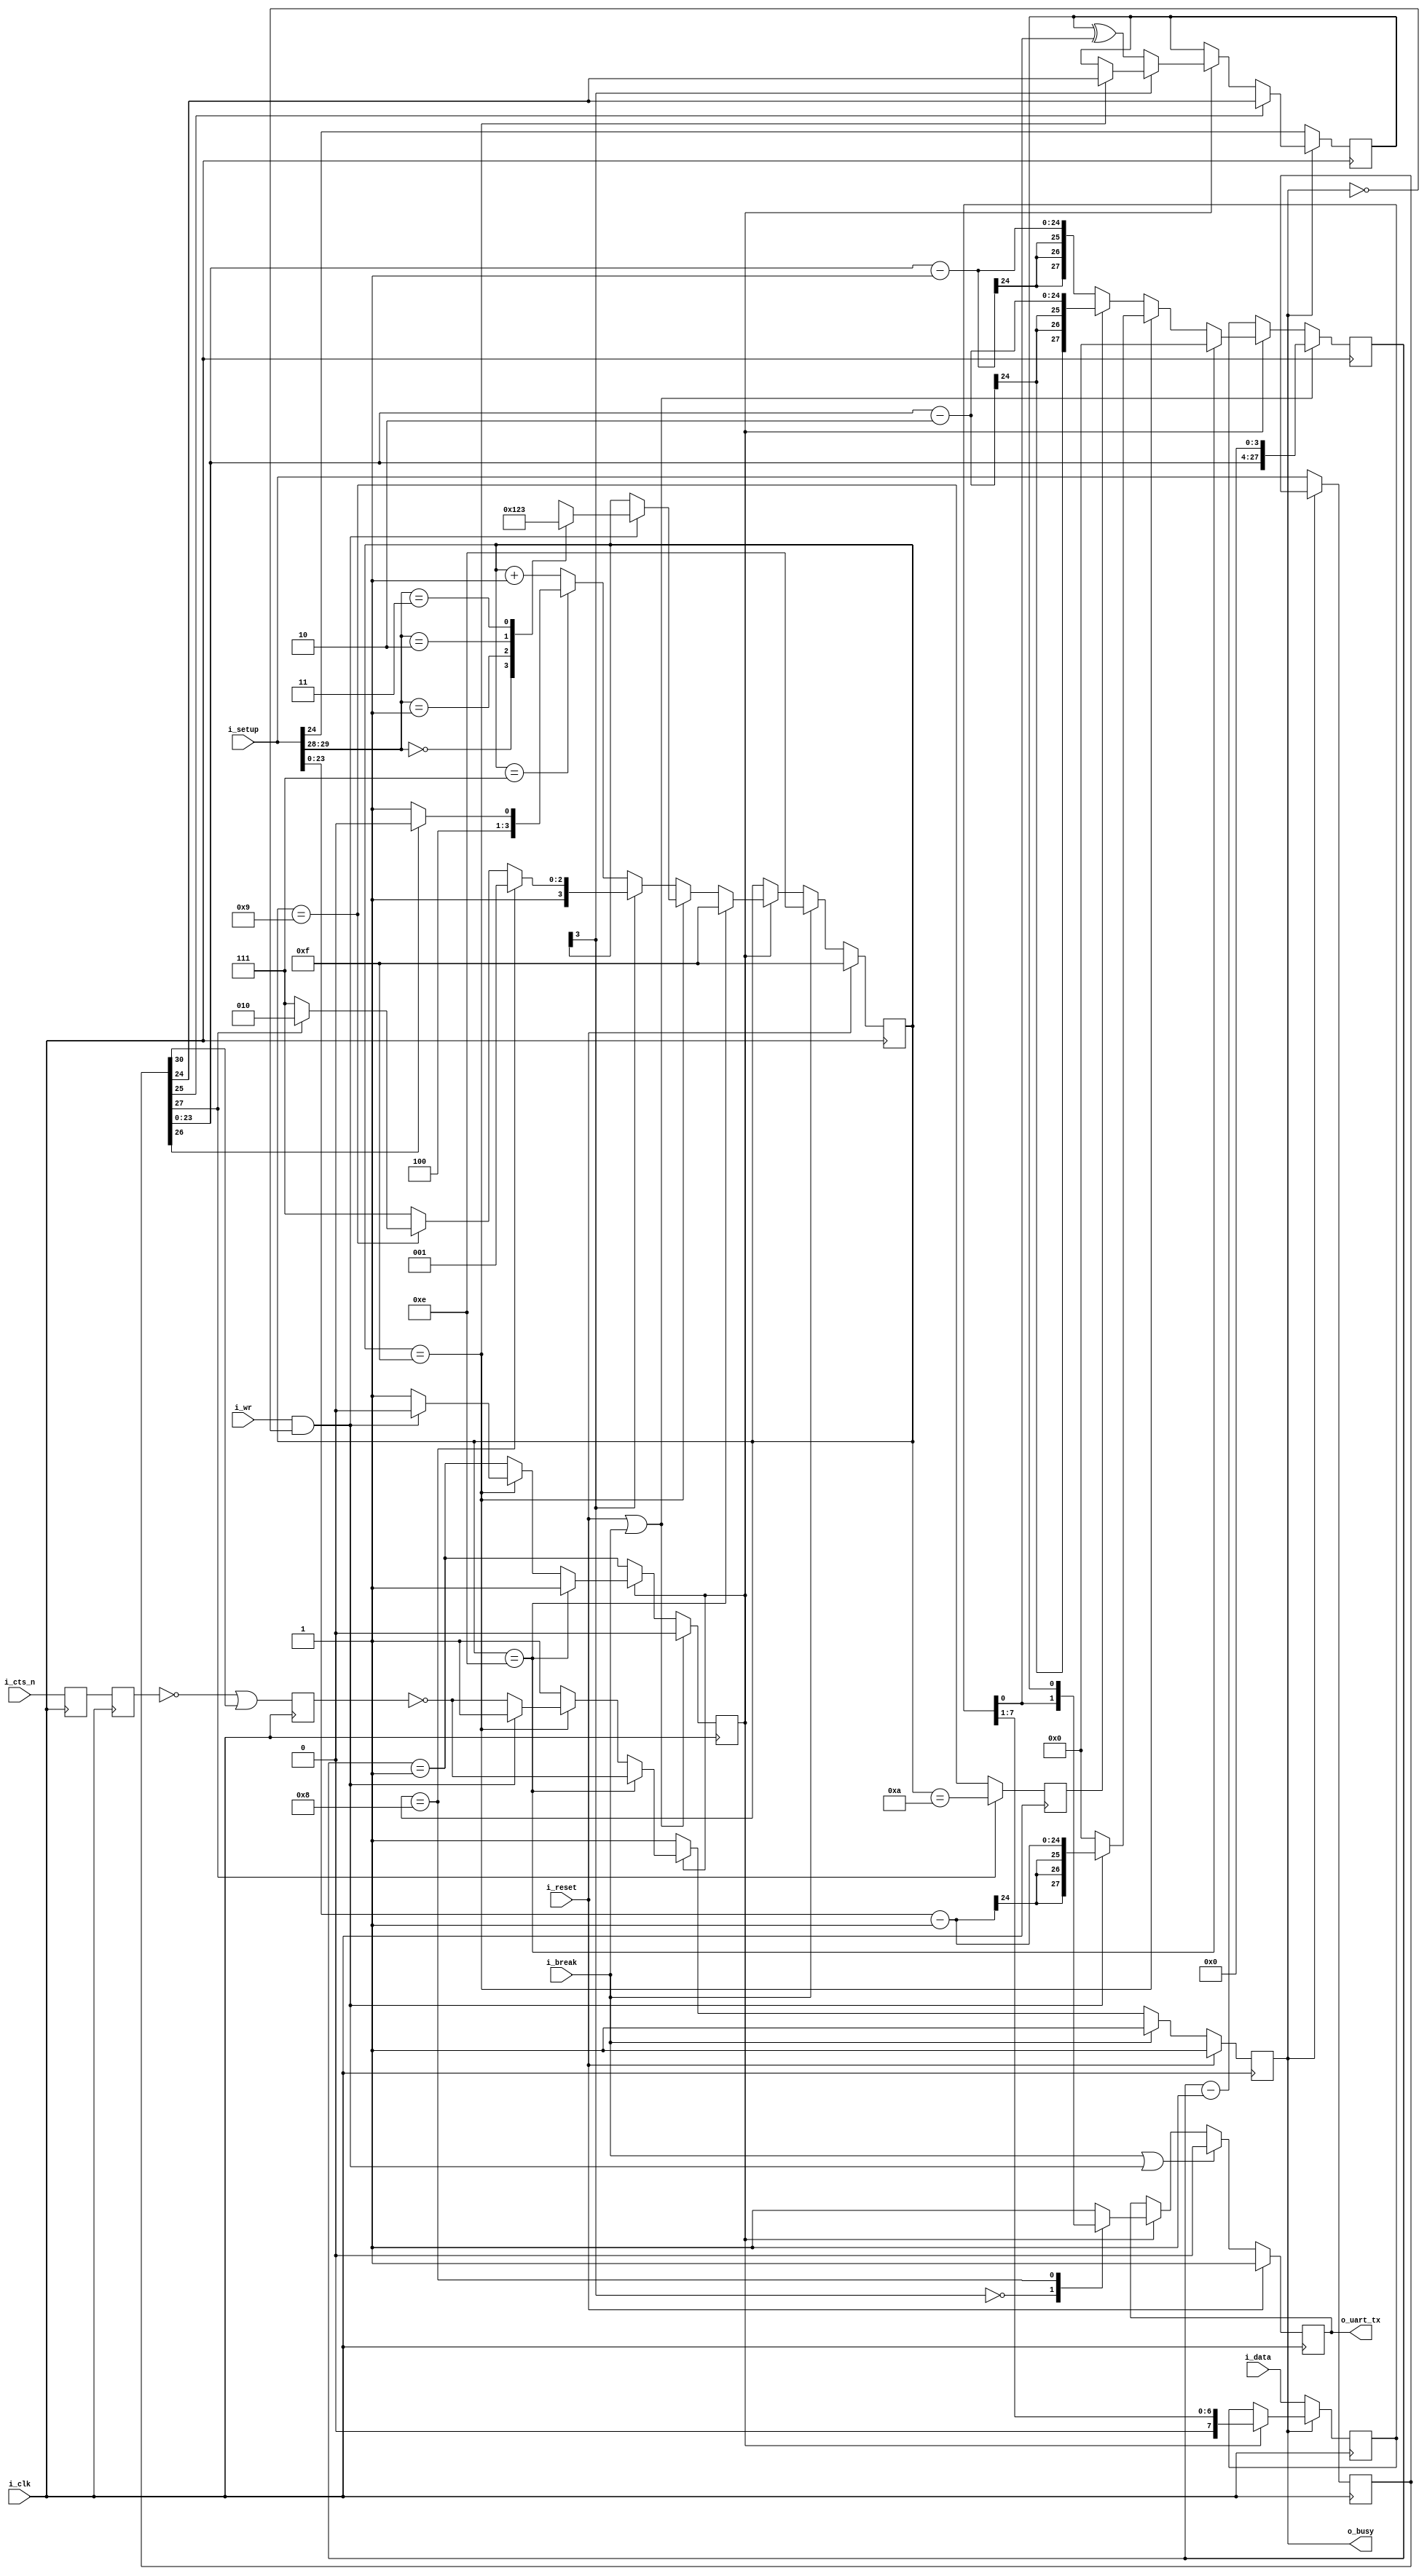
module txuart #(
		// {{{
		parameter	[30:0]	INITIAL_SETUP = 31'd868,
		localparam 	[3:0]	TXU_BIT_ZERO  = 4'h0,
		localparam 	[3:0]	TXU_BIT_ONE   = 4'h1,
		localparam 	[3:0]	TXU_BIT_TWO   = 4'h2,
		localparam 	[3:0]	TXU_BIT_THREE = 4'h3,
		// localparam 	[3:0]	TXU_BIT_FOUR  = 4'h4,
		// localparam 	[3:0]	TXU_BIT_FIVE  = 4'h5,
		// localparam 	[3:0]	TXU_BIT_SIX   = 4'h6,
		localparam 	[3:0]	TXU_BIT_SEVEN = 4'h7,
		localparam 	[3:0]	TXU_PARITY    = 4'h8,
		localparam 	[3:0]	TXU_STOP      = 4'h9,
		localparam 	[3:0]	TXU_SECOND_STOP = 4'ha,
		localparam 	[3:0]	TXU_BREAK     = 4'he,
		localparam 	[3:0]	TXU_IDLE      = 4'hf
		// }}}
	) (
		// {{{
		input	wire		i_clk, i_reset,
		input	wire	[30:0]	i_setup,
		input	wire		i_break,
		input	wire		i_wr,
		input	wire	[7:0]	i_data,
		// Hardware flow control Ready-To-Send bit.  Set this to one to
		// use the core without flow control.  (A more appropriate name
		// would be the Ready-To-Receive bit ...)
		input	wire		i_cts_n,
		// And the UART input line itself
		output	reg		o_uart_tx,
		// A line to tell others when we are ready to accept data.  If
		// (i_wr)&&(!o_busy) is ever true, then the core has accepted a
		// byte for transmission.
		output	wire		o_busy
		// }}}
	);
	// Signal declarations
	// {{{
	wire	[27:0]	clocks_per_baud, break_condition;
	wire	[1:0]	i_data_bits, data_bits;
	wire		use_parity, parity_odd, dblstop, fixd_parity,
			fixdp_value, hw_flow_control, i_parity_odd;
	reg	[30:0]	r_setup;
	assign	clocks_per_baud = { 4'h0, r_setup[23:0] };
	assign	break_condition = { r_setup[23:0], 4'h0 };
	assign	hw_flow_control = !r_setup[30];
	assign	i_data_bits     =  i_setup[29:28];
	assign	data_bits       =  r_setup[29:28];
	assign	dblstop         =  r_setup[27];
	assign	use_parity      =  r_setup[26];
	assign	fixd_parity     =  r_setup[25];
	assign	i_parity_odd    =  i_setup[24];
	assign	parity_odd      =  r_setup[24];
	assign	fixdp_value     =  r_setup[24];
	reg	[27:0]	baud_counter;
	reg	[3:0]	state;
	reg	[7:0]	lcl_data;
	reg		calc_parity, r_busy, zero_baud_counter, last_state;
	reg		q_cts_n, qq_cts_n, ck_cts;
	// }}}
	// CTS: ck_cts
	// {{{
	// First step ... handle any hardware flow control, if so enabled.
	// Clock in the flow control data, two clocks to avoid metastability
	// Default to using hardware flow control (uart_setup[30]==0 to use it).
	// Set this high order bit off if you do not wish to use it.
	// While we might wish to give initial values to q_rts and ck_cts,
	// 1) it's not required since the transmitter starts in a long wait
	// state, and 2) doing so will prevent the synthesizer from optimizing
	// this pin in the case it is hard set to 1'b1 external to this
	// peripheral.
	// initial	q_cts_n  = 1'b1;
	// initial	qq_cts_n = 1'b1;
	// initial	ck_cts   = 1'b0;
	always	@(posedge i_clk)
		{ qq_cts_n, q_cts_n } <= { q_cts_n, i_cts_n };
	always	@(posedge i_clk)
		ck_cts <= (!qq_cts_n)||(!hw_flow_control);
	// }}}
	// r_busy, state
	// {{{
	initial	r_busy = 1'b1;
	initial	state  = TXU_IDLE;
	always @(posedge i_clk)
	if (i_reset)
	begin
		r_busy <= 1'b1;
		state <= TXU_IDLE;
	end else if (i_break)
	begin
		state <= TXU_BREAK;
		r_busy <= 1'b1;
	end else if (!zero_baud_counter)
	begin // r_busy needs to be set coming into here
		r_busy <= 1'b1;
	end else if (state == TXU_BREAK)
	begin
		state <= TXU_IDLE;
		r_busy <= !ck_cts;
	end else if (state == TXU_IDLE)	// STATE_IDLE
	begin
		if ((i_wr)&&(!r_busy))
		begin	// Immediately start us off with a start bit
			r_busy <= 1'b1;
			case(i_data_bits)
			2'b00: state <= TXU_BIT_ZERO;
			2'b01: state <= TXU_BIT_ONE;
			2'b10: state <= TXU_BIT_TWO;
			2'b11: state <= TXU_BIT_THREE;
			endcase
		end else begin // Stay in idle
			r_busy <= !ck_cts;
		end
	end else begin
		// One clock tick in each of these states ...
		// baud_counter <= clocks_per_baud - 28'h01;
		r_busy <= 1'b1;
		if (state[3] == 0) // First 8 bits
		begin
			if (state == TXU_BIT_SEVEN)
				state <= (use_parity)? TXU_PARITY:TXU_STOP;
			else
				state <= state + 1;
		end else if (state == TXU_PARITY)
		begin
			state <= TXU_STOP;
		end else if (state == TXU_STOP)
		begin // two stop bit(s)
			if (dblstop)
				state <= TXU_SECOND_STOP;
			else
				state <= TXU_IDLE;
		end else // `TXU_SECOND_STOP and default:
		begin
			state <= TXU_IDLE; // Go back to idle
			// Still r_busy, since we need to wait
			// for the baud clock to finish counting
			// out this last bit.
		end
	end
	// }}}
	// o_busy
	// {{{
	// This is a wire, designed to be true is we are ever busy above.
	// originally, this was going to be true if we were ever not in the
	// idle state.  The logic has since become more complex, hence we have
	// a register dedicated to this and just copy out that registers value.
	assign	o_busy = (r_busy);
	// }}}
	// r_setup
	// {{{
	// Our setup register.  Accept changes between any pair of transmitted
	// words.  The register itself has many fields to it.  These are
	// broken out up top, and indicate what 1) our baud rate is, 2) our
	// number of stop bits, 3) what type of parity we are using, and 4)
	// the size of our data word.
	initial	r_setup = INITIAL_SETUP;
	always @(posedge i_clk)
	if (!o_busy)
		r_setup <= i_setup;
	// }}}
	// lcl_data
	// {{{
	// This is our working copy of the i_data register which we use
	// when transmitting.  It is only of interest during transmit, and is
	// allowed to be whatever at any other time.  Hence, if r_busy isn't
	// true, we can always set it.  On the one clock where r_busy isn't
	// true and i_wr is, we set it and r_busy is true thereafter.
	// Then, on any zero_baud_counter (i.e. change between baud intervals)
	// we simple logically shift the register right to grab the next bit.
	initial	lcl_data = 8'hff;
	always @(posedge i_clk)
	if (!r_busy)
		lcl_data <= i_data;
	else if (zero_baud_counter)
		lcl_data <= { 1'b0, lcl_data[7:1] };
	// }}}
	// o_uart_tx
	// {{{
	// This is the final result/output desired of this core.  It's all
	// centered about o_uart_tx.  This is what finally needs to follow
	// the UART protocol.
	// Ok, that said, our rules are:
	//	1'b0 on any break condition
	//	1'b0 on a start bit (IDLE, write, and not busy)
	//	lcl_data[0] during any data transfer, but only at the baud
	//		change
	//	PARITY -- During the parity bit.  This depends upon whether or
	//		not the parity bit is fixed, then what it's fixed to,
	//		or changing, and hence what it's calculated value is.
	//	1'b1 at all other times (stop bits, idle, etc)
	initial	o_uart_tx = 1'b1;
	always @(posedge i_clk)
	if (i_reset)
		o_uart_tx <= 1'b1;
	else if ((i_break)||((i_wr)&&(!r_busy)))
		o_uart_tx <= 1'b0;
	else if (zero_baud_counter)
		casez(state)
		4'b0???:	o_uart_tx <= lcl_data[0];
		TXU_PARITY:	o_uart_tx <= calc_parity;
		default:	o_uart_tx <= 1'b1;
		endcase
	// }}}
	// calc_parity
	// {{{
	// Calculate the parity to be placed into the parity bit.  If the
	// parity is fixed, then the parity bit is given by the fixed parity
	// value (r_setup[24]).  Otherwise the parity is given by the GF2
	// sum of all the data bits (plus one for even parity).
	initial	calc_parity = 1'b0;
	always @(posedge i_clk)
	if (!o_busy)
		calc_parity <= i_setup[24];
	else if (fixd_parity)
		calc_parity <= fixdp_value;
	else if (zero_baud_counter)
	begin
		if (state[3] == 0) // First 8 bits of msg
			calc_parity <= calc_parity ^ lcl_data[0];
		else if (state == TXU_IDLE)
			calc_parity <= parity_odd;
	end else if (!r_busy)
		calc_parity <= parity_odd;
	// }}}
	// baud_counter, zero_baud_counter
	// {{{
	// All of the above logic is driven by the baud counter.  Bits must last
	// {{{
	// clocks_per_baud in length, and this baud counter is what we use to
	// make certain of that.
	// The basic logic is this: at the beginning of a bit interval, start
	// the baud counter and set it to count clocks_per_baud.  When it gets
	// to zero, restart it.
	// However, comparing a 28'bit number to zero can be rather complex--
	// especially if we wish to do anything else on that same clock.  For
	// that reason, we create "zero_baud_counter".  zero_baud_counter is
	// nothing more than a flag that is true anytime baud_counter is zero.
	// It's true when the logic (above) needs to step to the next bit.
	// Simple enough?
	// I wish we could stop there, but there are some other (ugly)
	// conditions to deal with that offer exceptions to this basic logic.
	// 1. When the user has commanded a BREAK across the line, we need to
	// wait several baud intervals following the break before we start
	// transmitting, to give any receiver a chance to recognize that we are
	// out of the break condition, and to know that the next bit will be
	// a stop bit.
	// 2. A reset is similar to a break condition--on both we wait several
	// baud intervals before allowing a start bit.
	// 3. In the idle state, we stop our counter--so that upon a request
	// to transmit when idle we can start transmitting immediately, rather
	// than waiting for the end of the next (fictitious and arbitrary) baud
	// interval.
	// When (i_wr)&&(!r_busy)&&(state == TXU_IDLE) then we're not only in
	// the idle state, but we also just accepted a command to start writing
	// the next word.  At this point, the baud counter needs to be reset
	// to the number of clocks per baud, and zero_baud_counter set to zero.
	// The logic is a bit twisted here, in that it will only check for the
	// above condition when zero_baud_counter is false--so as to make
	// certain the STOP bit is complete.
	// }}}
	initial	zero_baud_counter = 1'b0;
	initial	baud_counter = 28'h05;
	always @(posedge i_clk)
	begin
		zero_baud_counter <= (baud_counter == 28'h01);
		if ((i_reset)||(i_break))
		begin
			// Give ourselves 16 bauds before being ready
			baud_counter <= break_condition;
			zero_baud_counter <= 1'b0;
		end else if (!zero_baud_counter)
			baud_counter <= baud_counter - 28'h01;
		else if (state == TXU_BREAK)
		begin
			baud_counter <= 0;
			zero_baud_counter <= 1'b1;
		end else if (state == TXU_IDLE)
		begin
			baud_counter <= 28'h0;
			zero_baud_counter <= 1'b1;
			if ((i_wr)&&(!r_busy))
			begin
				baud_counter <= { 4'h0, i_setup[23:0]} - 28'h01;
				zero_baud_counter <= 1'b0;
			end
		end else if (last_state)
			baud_counter <= clocks_per_baud - 28'h02;
		else
			baud_counter <= clocks_per_baud - 28'h01;
	end
	// }}}
	// last_state
	// {{{
	initial	last_state = 1'b0;
	always @(posedge i_clk)
	if (dblstop)
		last_state <= (state == TXU_SECOND_STOP);
	else
		last_state <= (state == TXU_STOP);
	// }}}
	// Make Verilator happy
	// {{{
	// Verilator lint_off UNUSED
	wire	unused;
	assign	unused = &{ 1'b0, i_parity_odd, data_bits };
	// Verilator lint_on  UNUSED
	// }}}
// Formal properties
// {{{
`ifdef	FORMAL
	// Declarations
	// {{{
	reg		fsv_parity;
	reg	[30:0]	fsv_setup;
	reg	[7:0]	fsv_data;
	reg		f_past_valid;
	// Our various sequence data declarations
	reg	[5:0]	f_five_seq;
	reg	[6:0]	f_six_seq;
	reg	[7:0]	f_seven_seq;
	reg	[8:0]	f_eight_seq;
	reg	[2:0]	f_stop_seq;	// parity bit, stop bit, double stop bit
	// }}}
	initial	f_past_valid = 1'b0;
	always @(posedge  i_clk)
		f_past_valid <= 1'b1;
	always @(posedge i_clk)
	if ((i_wr)&&(!o_busy))
		fsv_data <= i_data;
	initial	fsv_setup = INITIAL_SETUP;
	always @(posedge i_clk)
	if (!o_busy)
		fsv_setup <= i_setup;
	always @(*)
		assert(r_setup == fsv_setup);
	always @(posedge i_clk)
		assert(zero_baud_counter == (baud_counter == 0));
	always @(*)
	if (!o_busy)
		assert(zero_baud_counter);
	/*
	always @(posedge i_clk)
	if ((f_past_valid)&&(!$past(i_reset))&&(!$past(i_break))
			&&(($past(o_busy))||($past(i_wr))))
		assert(baud_counter <= { fsv_setup[23:0], 4'h0 });
	*/
	// A single baud interval
	always @(posedge i_clk)
	if ((f_past_valid)&&(!$past(zero_baud_counter))
		&&(!$past(i_reset))&&(!$past(i_break)))
	begin
		assert($stable(o_uart_tx));
		assert($stable(state));
		assert($stable(lcl_data));
		if ((state != TXU_IDLE)&&(state != TXU_BREAK))
			assert($stable(calc_parity));
		assert(baud_counter == $past(baud_counter)-1'b1);
	end
	// One byte transmitted
	// DATA = the byte that is sent
	// CKS  = the number of clocks per bit
	////////////////////////////////////////////////////////////////////////
	// Five bit data
	// {{{
	////////////////////////////////////////////////////////////////////////
	initial	f_five_seq = 0;
	always @(posedge i_clk)
	if ((i_reset)||(i_break))
		f_five_seq = 0;
	else if ((state == TXU_IDLE)&&(i_wr)&&(!o_busy)
			&&(i_data_bits == 2'b11)) // five data bits
		f_five_seq <= 1;
	else if (zero_baud_counter)
		f_five_seq <= f_five_seq << 1;
	always @(*)
	if (|f_five_seq)
	begin
		assert(fsv_setup[29:28] == data_bits);
		assert(data_bits == 2'b11);
		assert(baud_counter < fsv_setup[23:0]);
		assert(1'b0 == |f_six_seq);
		assert(1'b0 == |f_seven_seq);
		assert(1'b0 == |f_eight_seq);
		assert(r_busy);
		assert(state > 4'h2);
	end
	always @(*)
	case(f_five_seq)
	6'h00: begin assert(1); end
	6'h01: begin
		assert(state == 4'h3);
		assert(o_uart_tx == 1'b0);
		assert(lcl_data[4:0] == fsv_data[4:0]);
		if (!fixd_parity)
			assert(calc_parity == parity_odd);
	end
	6'h02: begin
		assert(state == 4'h4);
		assert(o_uart_tx == fsv_data[0]);
		assert(lcl_data[3:0] == fsv_data[4:1]);
		if (!fixd_parity)
			assert(calc_parity == fsv_data[0] ^ parity_odd);
	end
	6'h04: begin
		assert(state == 4'h5);
		assert(o_uart_tx == fsv_data[1]);
		assert(lcl_data[2:0] == fsv_data[4:2]);
		if (!fixd_parity)
			assert(calc_parity == (^fsv_data[1:0]) ^ parity_odd);
	end
	6'h08: begin
		assert(state == 4'h6);
		assert(o_uart_tx == fsv_data[2]);
		assert(lcl_data[1:0] == fsv_data[4:3]);
		if (!fixd_parity)
			assert(calc_parity == (^fsv_data[2:0]) ^ parity_odd);
	end
	6'h10: begin
		assert(state == 4'h7);
		assert(o_uart_tx == fsv_data[3]);
		assert(lcl_data[0] == fsv_data[4]);
		if (!fixd_parity)
			assert(calc_parity == (^fsv_data[3:0]) ^ parity_odd);
	end
	6'h20: begin
		if (use_parity)
			assert(state == 4'h8);
		else
			assert(state == 4'h9);
		assert(o_uart_tx == fsv_data[4]);
		if (!fixd_parity)
			assert(calc_parity == (^fsv_data[4:0]) ^ parity_odd);
	end
	default: begin assert(0); end
	endcase
	// }}}
	////////////////////////////////////////////////////////////////////////
	// Six bit data
	// {{{
	////////////////////////////////////////////////////////////////////////
	initial	f_six_seq = 0;
	always @(posedge i_clk)
	if ((i_reset)||(i_break))
		f_six_seq = 0;
	else if ((state == TXU_IDLE)&&(i_wr)&&(!o_busy)
			&&(i_data_bits == 2'b10)) // six data bits
		f_six_seq <= 1;
	else if (zero_baud_counter)
		f_six_seq <= f_six_seq << 1;
	always @(*)
	if (|f_six_seq)
	begin
		assert(fsv_setup[29:28] == 2'b10);
		assert(fsv_setup[29:28] == data_bits);
		assert(baud_counter < fsv_setup[23:0]);
		assert(1'b0 == |f_five_seq);
		assert(1'b0 == |f_seven_seq);
		assert(1'b0 == |f_eight_seq);
		assert(r_busy);
		assert(state > 4'h1);
	end
	always @(*)
	case(f_six_seq)
	7'h00: begin assert(1); end
	7'h01: begin
		assert(state == 4'h2);
		assert(o_uart_tx == 1'b0);
		assert(lcl_data[5:0] == fsv_data[5:0]);
		if (!fixd_parity)
			assert(calc_parity == parity_odd);
	end
	7'h02: begin
		assert(state == 4'h3);
		assert(o_uart_tx == fsv_data[0]);
		assert(lcl_data[4:0] == fsv_data[5:1]);
		if (!fixd_parity)
			assert(calc_parity == fsv_data[0] ^ parity_odd);
	end
	7'h04: begin
		assert(state == 4'h4);
		assert(o_uart_tx == fsv_data[1]);
		assert(lcl_data[3:0] == fsv_data[5:2]);
		if (!fixd_parity)
			assert(calc_parity == (^fsv_data[1:0]) ^ parity_odd);
	end
	7'h08: begin
		assert(state == 4'h5);
		assert(o_uart_tx == fsv_data[2]);
		assert(lcl_data[2:0] == fsv_data[5:3]);
		if (!fixd_parity)
			assert(calc_parity == (^fsv_data[2:0]) ^ parity_odd);
	end
	7'h10: begin
		assert(state == 4'h6);
		assert(o_uart_tx == fsv_data[3]);
		assert(lcl_data[1:0] == fsv_data[5:4]);
		if (!fixd_parity)
			assert(calc_parity == (^fsv_data[3:0]) ^ parity_odd);
	end
	7'h20: begin
		assert(state == 4'h7);
		assert(lcl_data[0] == fsv_data[5]);
		assert(o_uart_tx == fsv_data[4]);
		if (!fixd_parity)
			assert(calc_parity == ((^fsv_data[4:0]) ^ parity_odd));
	end
	7'h40: begin
		if (use_parity)
			assert(state == 4'h8);
		else
			assert(state == 4'h9);
		assert(o_uart_tx == fsv_data[5]);
		if (!fixd_parity)
			assert(calc_parity == ((^fsv_data[5:0]) ^ parity_odd));
	end
	default: begin if (f_past_valid) assert(0); end
	endcase
	// }}}
	////////////////////////////////////////////////////////////////////////
	// Seven bit data
	// {{{
	////////////////////////////////////////////////////////////////////////
	initial	f_seven_seq = 0;
	always @(posedge i_clk)
	if ((i_reset)||(i_break))
		f_seven_seq = 0;
	else if ((state == TXU_IDLE)&&(i_wr)&&(!o_busy)
			&&(i_data_bits == 2'b01)) // seven data bits
		f_seven_seq <= 1;
	else if (zero_baud_counter)
		f_seven_seq <= f_seven_seq << 1;
	always @(*)
	if (|f_seven_seq)
	begin
		assert(fsv_setup[29:28] == 2'b01);
		assert(fsv_setup[29:28] == data_bits);
		assert(baud_counter < fsv_setup[23:0]);
		assert(1'b0 == |f_five_seq);
		assert(1'b0 == |f_six_seq);
		assert(1'b0 == |f_eight_seq);
		assert(r_busy);
		assert(state != 4'h0);
	end
	always @(*)
	case(f_seven_seq)
	8'h00: begin assert(1); end
	8'h01: begin
		assert(state == 4'h1);
		assert(o_uart_tx == 1'b0);
		assert(lcl_data[6:0] == fsv_data[6:0]);
		if (!fixd_parity)
			assert(calc_parity == parity_odd);
	end
	8'h02: begin
		assert(state == 4'h2);
		assert(o_uart_tx == fsv_data[0]);
		assert(lcl_data[5:0] == fsv_data[6:1]);
		if (!fixd_parity)
			assert(calc_parity == fsv_data[0] ^ parity_odd);
	end
	8'h04: begin
		assert(state == 4'h3);
		assert(o_uart_tx == fsv_data[1]);
		assert(lcl_data[4:0] == fsv_data[6:2]);
		if (!fixd_parity)
			assert(calc_parity == (^fsv_data[1:0]) ^ parity_odd);
	end
	8'h08: begin
		assert(state == 4'h4);
		assert(o_uart_tx == fsv_data[2]);
		assert(lcl_data[3:0] == fsv_data[6:3]);
		if (!fixd_parity)
			assert(calc_parity == (^fsv_data[2:0]) ^ parity_odd);
	end
	8'h10: begin
		assert(state == 4'h5);
		assert(o_uart_tx == fsv_data[3]);
		assert(lcl_data[2:0] == fsv_data[6:4]);
		if (!fixd_parity)
			assert(calc_parity == (^fsv_data[3:0]) ^ parity_odd);
	end
	8'h20: begin
		assert(state == 4'h6);
		assert(o_uart_tx == fsv_data[4]);
		assert(lcl_data[1:0] == fsv_data[6:5]);
		if (!fixd_parity)
			assert(calc_parity == ((^fsv_data[4:0]) ^ parity_odd));
	end
	8'h40: begin
		assert(state == 4'h7);
		assert(lcl_data[0] == fsv_data[6]);
		assert(o_uart_tx == fsv_data[5]);
		if (!fixd_parity)
			assert(calc_parity == ((^fsv_data[5:0]) ^ parity_odd));
	end
	8'h80: begin
		if (use_parity)
			assert(state == 4'h8);
		else
			assert(state == 4'h9);
		assert(o_uart_tx == fsv_data[6]);
		if (!fixd_parity)
			assert(calc_parity == ((^fsv_data[6:0]) ^ parity_odd));
	end
	default: begin if (f_past_valid) assert(0); end
	endcase
	// }}}
	////////////////////////////////////////////////////////////////////////
	// Eight bit data
	// {{{
	////////////////////////////////////////////////////////////////////////
	initial	f_eight_seq = 0;
	always @(posedge i_clk)
	if ((i_reset)||(i_break))
		f_eight_seq = 0;
	else if ((state == TXU_IDLE)&&(i_wr)&&(!o_busy)
			&&(i_data_bits == 2'b00)) // Eight data bits
		f_eight_seq <= 1;
	else if (zero_baud_counter)
		f_eight_seq <= f_eight_seq << 1;
	always @(*)
	if (|f_eight_seq)
	begin
		assert(fsv_setup[29:28] == 2'b00);
		assert(fsv_setup[29:28] == data_bits);
		assert(baud_counter < { 6'h0, fsv_setup[23:0]});
		assert(1'b0 == |f_five_seq);
		assert(1'b0 == |f_six_seq);
		assert(1'b0 == |f_seven_seq);
		assert(r_busy);
	end
	always @(*)
	case(f_eight_seq)
	9'h000: begin assert(1); end
	9'h001: begin
		assert(state == 4'h0);
		assert(o_uart_tx == 1'b0);
		assert(lcl_data[7:0] == fsv_data[7:0]);
		if (!fixd_parity)
			assert(calc_parity == parity_odd);
	end
	9'h002: begin
		assert(state == 4'h1);
		assert(o_uart_tx == fsv_data[0]);
		assert(lcl_data[6:0] == fsv_data[7:1]);
		if (!fixd_parity)
			assert(calc_parity == fsv_data[0] ^ parity_odd);
	end
	9'h004: begin
		assert(state == 4'h2);
		assert(o_uart_tx == fsv_data[1]);
		assert(lcl_data[5:0] == fsv_data[7:2]);
		if (!fixd_parity)
			assert(calc_parity == (^fsv_data[1:0]) ^ parity_odd);
	end
	9'h008: begin
		assert(state == 4'h3);
		assert(o_uart_tx == fsv_data[2]);
		assert(lcl_data[4:0] == fsv_data[7:3]);
		if (!fixd_parity)
			assert(calc_parity == (^fsv_data[2:0]) ^ parity_odd);
	end
	9'h010: begin
		assert(state == 4'h4);
		assert(o_uart_tx == fsv_data[3]);
		assert(lcl_data[3:0] == fsv_data[7:4]);
		if (!fixd_parity)
			assert(calc_parity == (^fsv_data[3:0]) ^ parity_odd);
	end
	9'h020: begin
		assert(state == 4'h5);
		assert(o_uart_tx == fsv_data[4]);
		assert(lcl_data[2:0] == fsv_data[7:5]);
		if (!fixd_parity)
			assert(calc_parity == (^fsv_data[4:0]) ^ parity_odd);
	end
	9'h040: begin
		assert(state == 4'h6);
		assert(o_uart_tx == fsv_data[5]);
		assert(lcl_data[1:0] == fsv_data[7:6]);
		if (!fixd_parity)
			assert(calc_parity == (^fsv_data[5:0]) ^ parity_odd);
	end
	9'h080: begin
		assert(state == 4'h7);
		assert(o_uart_tx == fsv_data[6]);
		assert(lcl_data[0] == fsv_data[7]);
		if (!fixd_parity)
			assert(calc_parity == ((^fsv_data[6:0]) ^ parity_odd));
	end
	9'h100: begin
		if (use_parity)
			assert(state == 4'h8);
		else
			assert(state == 4'h9);
		assert(o_uart_tx == fsv_data[7]);
		if (!fixd_parity)
			assert(calc_parity == ((^fsv_data[7:0]) ^ parity_odd));
	end
	default: begin if (f_past_valid) assert(0); end
	endcase
	// }}}
	////////////////////////////////////////////////////////////////////////
	// Combined properties for all of the data sequences
	// {{{
	////////////////////////////////////////////////////////////////////////
	always @(posedge i_clk)
	if (((|f_five_seq[5:0]) || (|f_six_seq[6:0]) || (|f_seven_seq[7:0])
			|| (|f_eight_seq[8:0]))
		&& ($past(zero_baud_counter)))
		assert(baud_counter == { 4'h0, fsv_setup[23:0] }-1);
	// }}}
	////////////////////////////////////////////////////////////////////////
	// The stop sequence
	// {{{
	////////////////////////////////////////////////////////////////////////
	// This consists of any parity bit, as well as one or two stop bits
	initial	f_stop_seq = 1'b0;
	always @(posedge i_clk)
	if ((i_reset)||(i_break))
		f_stop_seq <= 0;
	else if (zero_baud_counter)
	begin
		f_stop_seq <= 0;
		if (f_stop_seq[0]) // Coming from a parity bit
		begin
			if (dblstop)
				f_stop_seq[1] <= 1'b1;
			else
				f_stop_seq[2] <= 1'b1;
		end
		if (f_stop_seq[1])
			f_stop_seq[2] <= 1'b1;
		if (f_eight_seq[8] | f_seven_seq[7] | f_six_seq[6]
			| f_five_seq[5])
		begin
			if (use_parity)
				f_stop_seq[0] <= 1'b1;
			else if (dblstop)
				f_stop_seq[1] <= 1'b1;
			else
				f_stop_seq[2] <= 1'b1;
		end
	end
	always @(*)
	if (|f_stop_seq)
	begin
		assert(1'b0 == |f_five_seq[4:0]);
		assert(1'b0 == |f_six_seq[5:0]);
		assert(1'b0 == |f_seven_seq[6:0]);
		assert(1'b0 == |f_eight_seq[7:0]);
		assert(r_busy);
	end
	always @(*)
	if (f_stop_seq[0])
	begin
		// 9 if dblstop and use_parity
		if (dblstop)
			assert(state == TXU_STOP);
		else
			assert(state == TXU_STOP);
		assert(use_parity);
		assert(o_uart_tx == fsv_parity);
	end
	always @(*)
	if (f_stop_seq[1])
	begin
		// if (!use_parity)
		assert(state == TXU_SECOND_STOP);
		assert(dblstop);
		assert(o_uart_tx);
	end
	always @(*)
	if (f_stop_seq[2])
	begin
		assert(state == 4'hf);
		assert(o_uart_tx);
		assert(baud_counter < fsv_setup[23:0]-1'b1);
	end
	always @(*)
	if (fsv_setup[25])
		fsv_parity <= fsv_setup[24];
	else
		case(fsv_setup[29:28])
		2'b00: fsv_parity = (^fsv_data[7:0]) ^ fsv_setup[24];
		2'b01: fsv_parity = (^fsv_data[6:0]) ^ fsv_setup[24];
		2'b10: fsv_parity = (^fsv_data[5:0]) ^ fsv_setup[24];
		2'b11: fsv_parity = (^fsv_data[4:0]) ^ fsv_setup[24];
		endcase
	// }}}
	//////////////////////////////////////////////////////////////////////
	// The break sequence
	// {{{
	//////////////////////////////////////////////////////////////////////
	reg	[1:0]	f_break_seq;
	initial	f_break_seq = 2'b00;
	always @(posedge i_clk)
	if (i_reset)
		f_break_seq <= 2'b00;
	else if (i_break)
		f_break_seq <= 2'b01;
	else if (!zero_baud_counter)
		f_break_seq <= { |f_break_seq, 1'b0 };
	else
		f_break_seq <= 0;
	always @(posedge i_clk)
	if (f_break_seq[0])
		assert(baud_counter == { $past(fsv_setup[23:0]), 4'h0 });
	always @(posedge i_clk)
	if ((f_past_valid)&&($past(f_break_seq[1]))&&(state != TXU_BREAK))
	begin
		assert(state == TXU_IDLE);
		assert(o_uart_tx == 1'b1);
	end
	always @(*)
	if (|f_break_seq)
	begin
		assert(state == TXU_BREAK);
		assert(r_busy);
		assert(o_uart_tx == 1'b0);
	end
	// }}}
	//////////////////////////////////////////////////////////////////////
	// Properties for use during induction if we are made a submodule of
	// the rxuart
	// {{{
	//////////////////////////////////////////////////////////////////////
	// Need enough bits for reset (24+4) plus enough bits for all of the
	// various characters, 24+4, so 24+5 is a minimum of this counter
`ifndef	TXUART
	reg	[28:0]		f_counter;
	initial	f_counter = 0;
	always @(posedge i_clk)
	if (!o_busy)
		f_counter <= 1'b0;
	else
		f_counter <= f_counter + 1'b1;
	always @(*)
	if (f_five_seq[0]|f_six_seq[0]|f_seven_seq[0]|f_eight_seq[0])
		// {{{
		assert(f_counter == (fsv_setup[23:0] - baud_counter - 1));
		// }}}
	else if (f_five_seq[1]|f_six_seq[1]|f_seven_seq[1]|f_eight_seq[1])
		// {{{
		assert(f_counter == ({4'h0, fsv_setup[23:0], 1'b0} - baud_counter - 1));
		// }}}
	else if (f_five_seq[2]|f_six_seq[2]|f_seven_seq[2]|f_eight_seq[2])
		// {{{
		assert(f_counter == ({4'h0, fsv_setup[23:0], 1'b0}
				+{5'h0, fsv_setup[23:0]}
				- baud_counter - 1));
		// }}}
	else if (f_five_seq[3]|f_six_seq[3]|f_seven_seq[3]|f_eight_seq[3])
		// {{{
		assert(f_counter == ({3'h0, fsv_setup[23:0], 2'b0}
				- baud_counter - 1));
		// }}}
	else if (f_five_seq[4]|f_six_seq[4]|f_seven_seq[4]|f_eight_seq[4])
		// {{{
		assert(f_counter == ({3'h0, fsv_setup[23:0], 2'b0}
				+{5'h0, fsv_setup[23:0]}
				- baud_counter - 1));
		// }}}
	else if (f_five_seq[5]|f_six_seq[5]|f_seven_seq[5]|f_eight_seq[5])
		// {{{
		assert(f_counter == ({3'h0, fsv_setup[23:0], 2'b0}
				+{4'h0, fsv_setup[23:0], 1'b0}
				- baud_counter - 1));
		// }}}
	else if (f_six_seq[6]|f_seven_seq[6]|f_eight_seq[6])
		// {{{
		assert(f_counter == ({3'h0, fsv_setup[23:0], 2'b0}
				+{5'h0, fsv_setup[23:0]}
				+{4'h0, fsv_setup[23:0], 1'b0}
				- baud_counter - 1));
		// }}}
	else if (f_seven_seq[7]|f_eight_seq[7])
		// {{{
		assert(f_counter == ({2'h0, fsv_setup[23:0], 3'b0}	// 8
				- baud_counter - 1));
		// }}}
	else if (f_eight_seq[8])
		// {{{
		assert(f_counter == ({2'h0, fsv_setup[23:0], 3'b0}	// 9
				+{5'h0, fsv_setup[23:0]}
				- baud_counter - 1));
		// }}}
	else if (f_stop_seq[0] || (!use_parity && f_stop_seq[1]))
	begin
		// {{{
		// Parity bit, or first of two stop bits
		case(data_bits)
		2'b00: assert(f_counter == ({2'h0, fsv_setup[23:0], 3'b0}
				+{4'h0, fsv_setup[23:0], 1'b0} // 10
				- baud_counter - 1));
		2'b01: assert(f_counter == ({2'h0, fsv_setup[23:0], 3'b0}
				+{5'h0, fsv_setup[23:0]} // 9
				- baud_counter - 1));
		2'b10: assert(f_counter == ({2'h0, fsv_setup[23:0], 3'b0}
				- baud_counter - 1)); // 8
		2'b11: assert(f_counter == ({3'h0, fsv_setup[23:0], 2'b0}
				+{5'h0, fsv_setup[23:0]}	// 7
				+{4'h0, fsv_setup[23:0], 1'b0}
				- baud_counter - 1));
		endcase
		// }}}
	end else if (!use_parity && !dblstop  && f_stop_seq[2])
	begin
		// {{{
		// No parity, single stop bit
		// Different from the one above, since the last counter is has
		// one fewer items within it
		case(data_bits)
		2'b00: assert(f_counter == ({2'h0, fsv_setup[23:0], 3'b0}
				+{4'h0, fsv_setup[23:0], 1'b0} // 10
				- baud_counter - 2));
		2'b01: assert(f_counter == ({2'h0, fsv_setup[23:0], 3'b0}
				+{5'h0, fsv_setup[23:0]} // 9
				- baud_counter - 2));
		2'b10: assert(f_counter == ({2'h0, fsv_setup[23:0], 3'b0}
				- baud_counter - 2)); // 8
		2'b11: assert(f_counter == ({3'h0, fsv_setup[23:0], 2'b0}
				+{5'h0, fsv_setup[23:0]}	// 7
				+{4'h0, fsv_setup[23:0], 1'b0}
				- baud_counter - 2));
		endcase
		// }}}
	end else if (f_stop_seq[1])
	begin
		// {{{
		// Parity and the first of two stop bits
		assert(dblstop && use_parity);
		case(data_bits)
		2'b00: assert(f_counter == ({2'h0, fsv_setup[23:0], 3'b0}
				+{5'h0, fsv_setup[23:0]}	// 11
				+{4'h0, fsv_setup[23:0], 1'b0}
				- baud_counter - 1));
		2'b01: assert(f_counter == ({2'h0, fsv_setup[23:0], 3'b0}
				+{4'h0, fsv_setup[23:0], 1'b0} // 10
				- baud_counter - 1));
		2'b10: assert(f_counter == ({2'h0, fsv_setup[23:0], 3'b0}
				+{5'h0, fsv_setup[23:0]}	// 9
				- baud_counter - 1));
		2'b11: assert(f_counter == ({2'h0, fsv_setup[23:0], 3'b0}
				- baud_counter - 1));		// 8
		endcase
		// }}}
	end else if ((dblstop ^ use_parity) && f_stop_seq[2])
	begin
		// {{{
		// Parity and one stop bit
		// assert(!dblstop && use_parity);
		case(data_bits)
		2'b00: assert(f_counter == ({2'h0, fsv_setup[23:0], 3'b0}
				+{5'h0, fsv_setup[23:0]}	// 11
				+{4'h0, fsv_setup[23:0], 1'b0}
				- baud_counter - 2));
		2'b01: assert(f_counter == ({2'h0, fsv_setup[23:0], 3'b0}
				+{4'h0, fsv_setup[23:0], 1'b0} // 10
				- baud_counter - 2));
		2'b10: assert(f_counter == ({2'h0, fsv_setup[23:0], 3'b0}
				+{5'h0, fsv_setup[23:0]}	// 9
				- baud_counter - 2));
		2'b11: assert(f_counter == ({2'h0, fsv_setup[23:0], 3'b0}
				- baud_counter - 2));		// 8
		endcase
		// }}}
	end else if (f_stop_seq[2])
	begin
		// {{{
		assert(dblstop);
		assert(use_parity);
		// Parity and two stop bits
		case(data_bits)
		2'b00: assert(f_counter == ({2'h0, fsv_setup[23:0], 3'b0}
				+{3'h0, fsv_setup[23:0], 2'b00}	// 12
				- baud_counter - 2));
		2'b01: assert(f_counter == ({2'h0, fsv_setup[23:0], 3'b0}
				+{5'h0, fsv_setup[23:0]}	// 11
				+{4'h0, fsv_setup[23:0], 1'b0}
				- baud_counter - 2));
		2'b10: assert(f_counter == ({2'h0, fsv_setup[23:0], 3'b0}
				+{4'h0, fsv_setup[23:0], 1'b0} // 10
				- baud_counter - 2));
		2'b11: assert(f_counter == ({2'h0, fsv_setup[23:0], 3'b0}
				+{5'h0, fsv_setup[23:0]}	// 9
				- baud_counter - 2));
		endcase
		// }}}
	end
`endif
	// }}}
	//////////////////////////////////////////////////////////////////////
	// Other properties, not necessarily associated with any sequences
	//////////////////////////////////////////////////////////////////////
	always @(*)
		assert((state < 4'hb)||(state >= 4'he));
	//////////////////////////////////////////////////////////////////////
	// Careless/limiting assumption section
	//////////////////////////////////////////////////////////////////////
	always @(*)
		assume(i_setup[23:0] > 2);
	always @(*)
		assert(fsv_setup[23:0] > 2);
`endif	// FORMAL
// }}}
endmodule